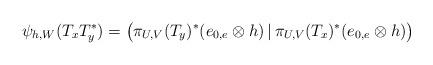
LaTeX: \begin{align*}\psi_{h,W}(T_xT_y^*)=\big(\pi_{U,V}(T_y)^*(e_{0,e}\otimes h)\,|\,\pi_{U,V}(T_x)^*(e_{0,e}\otimes h)\big)\end{align*}